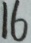
1 6